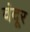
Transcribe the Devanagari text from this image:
वंदूर